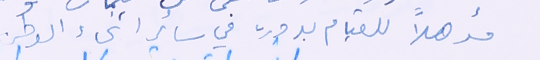
مؤهلاً للقيام بدوره في سائر انحاء الوطن.